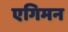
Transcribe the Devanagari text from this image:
एगिमन